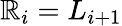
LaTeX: \mathbb{R}_{i}=L_{i+1}